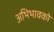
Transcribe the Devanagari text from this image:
अभिभावको